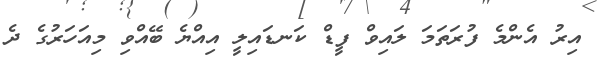
އިރު އެންމެ ފުރަތަމަ ލައިވް ފީޑް ކަނޑައިލީ އިއްޔެ ބޭއްވި މިއަހަރުގެ ދެ